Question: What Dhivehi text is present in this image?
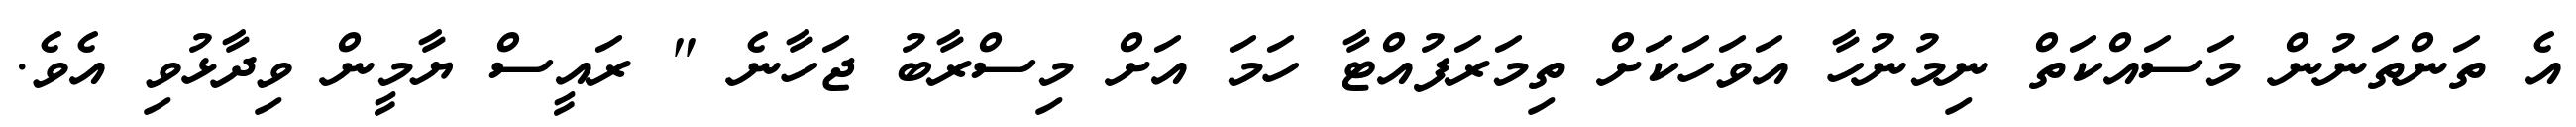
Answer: އެ ތަންތަނުން މަސައްކަތް ނިމުނުހާ އަވަހަކަށް ތިމަރަފުއްޓާ ހަމަ އަށް މިސްރާބު ޖަހާނެ " ރައީސް ޔާމީން ވިދާޅުވި އެވެ.